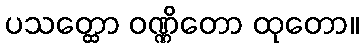
ပသတ္ထော ဝဏ္ဏိတော ထုတော။